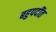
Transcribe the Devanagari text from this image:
बहुपदींत